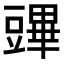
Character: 𧰆